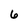
Character: 6